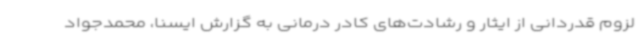
لزوم قدردانی از ایثار و رشادت‌های کادر درمانی به گزارش ایسنا، محمدجواد